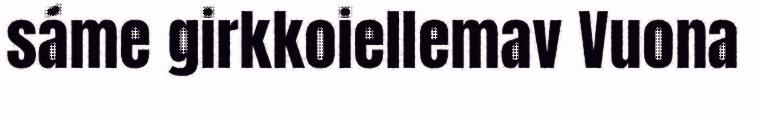
sáme girkkoiellemav Vuona